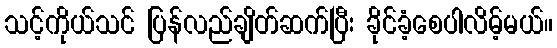
သင့်ကိုယ်သင် ပြန်လည်ချိတ်ဆက်ပြီး ခိုင်ခံ့စေပါလိမ့်မယ်။